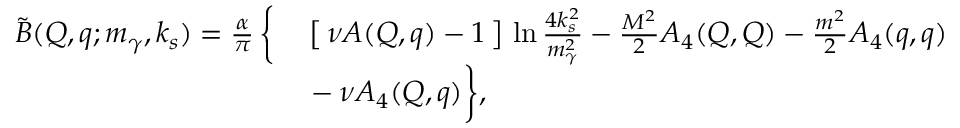
\begin{array} { r l } { { \tilde { B } ( Q , q ; m _ { \gamma } , k _ { s } ) = \frac { \alpha } { \pi } \, \bigg \{ } } & { { } { { } \left[ \, \nu A ( Q , q ) - 1 \, \right] \, \ln \frac { 4 k _ { s } ^ { 2 } } { m _ { \gamma } ^ { 2 } } - \frac { M ^ { 2 } } { 2 } A _ { 4 } ( Q , Q ) - \frac { m ^ { 2 } } { 2 } A _ { 4 } ( q , q ) } } \\ { { } } & { { } { { } - \nu A _ { 4 } ( Q , q ) \bigg \} , } } \end{array}